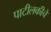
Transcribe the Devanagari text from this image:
पाटीलकीचे